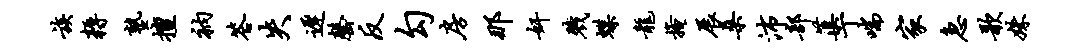
族耨塾擅衲答失迟罄反勾房那奸戮蝶龙掩展桑沛部蕖丁喘家急歌姝